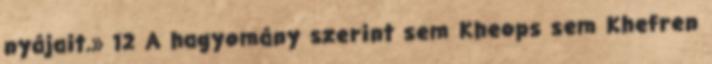
nyájait.» 12 A hagyomány szerint sem Kheops sem Khefren